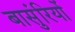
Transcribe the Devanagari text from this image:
बासुंरियों